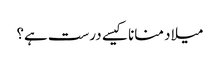
میلاد منانا کیسے درست ہے؟